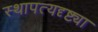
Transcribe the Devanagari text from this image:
स्थापत्यदृष्ट्या